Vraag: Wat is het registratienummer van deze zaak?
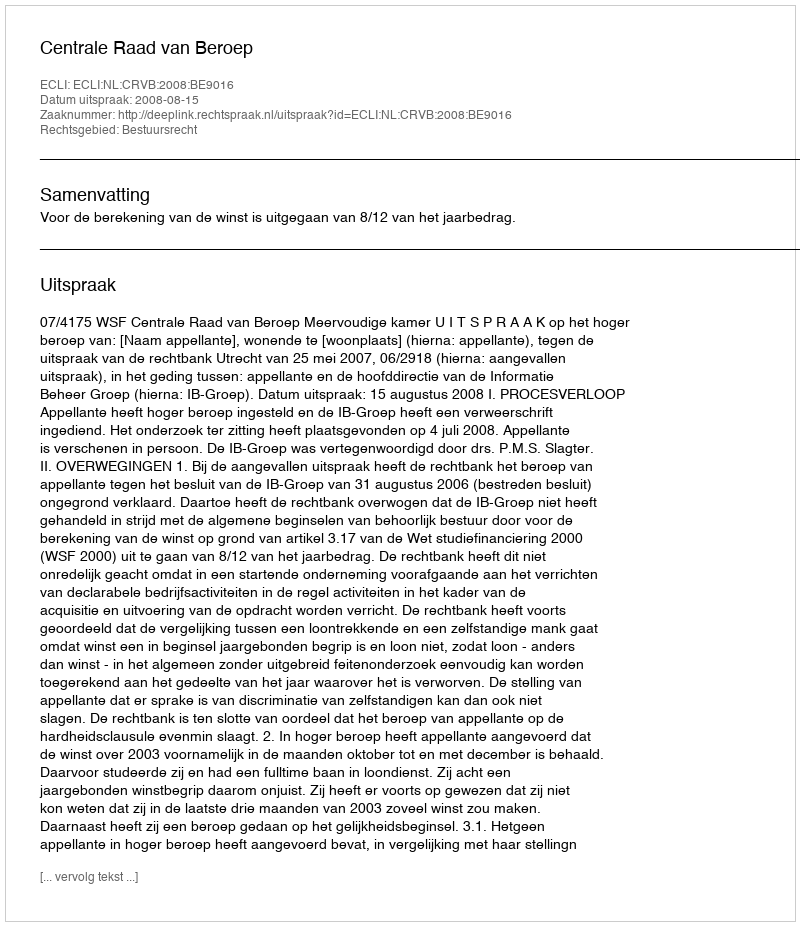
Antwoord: http://deeplink.rechtspraak.nl/uitspraak?id=ECLI:NL:CRVB:2008:BE9016